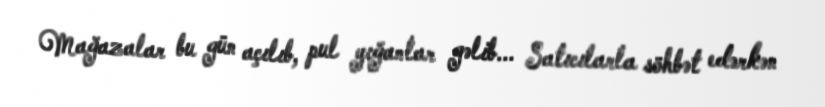
Mağazalar bu gün açılıb, pul yığanlar gəlib... Satıcılarla söhbət edərkən